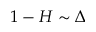
1 - H \sim \Delta